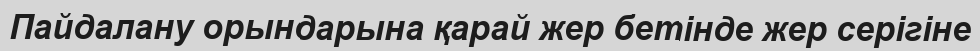
Пайдалану орындарына қарай жер бетінде жер серігіне